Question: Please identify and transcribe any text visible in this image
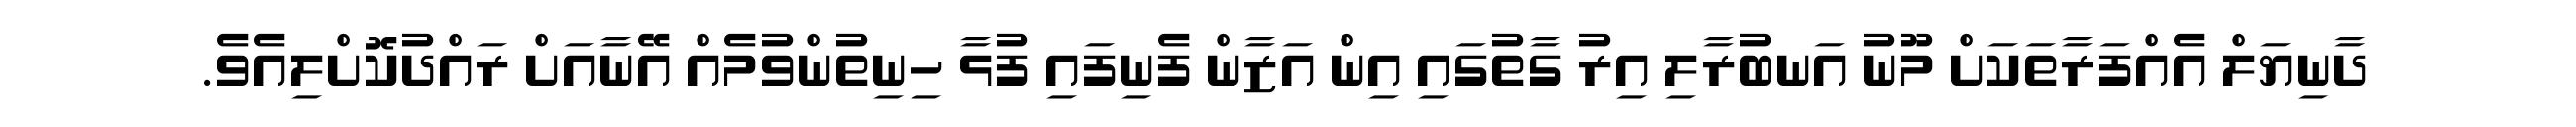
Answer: ދާނިޔަލް އެއްފަރާތަކަށް މޫނު އަނބުރާލި އިރު ގާތުގައި އިން އަޒާން ފެނިފައި ފުޅާ ހިނިތުންވުމެއް އޭނާއަށް ރައްދުކޮށްލިއެވެ.